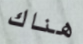
هناك